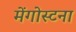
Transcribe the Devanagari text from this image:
मेंगोस्टना